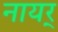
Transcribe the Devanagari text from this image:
नायर्